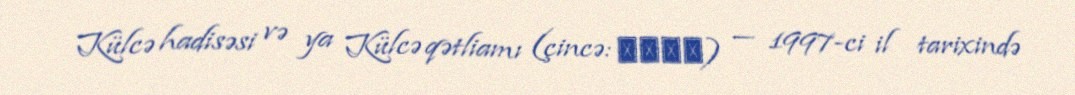
Külcə hadisəsi və ya Külcə qətliamı (çincə: 伊宁事件) — 1997-ci il tarixində